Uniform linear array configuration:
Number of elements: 48
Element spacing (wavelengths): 1
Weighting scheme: exponential
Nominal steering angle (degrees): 60
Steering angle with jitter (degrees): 60.573
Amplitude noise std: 0.05
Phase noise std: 0.05

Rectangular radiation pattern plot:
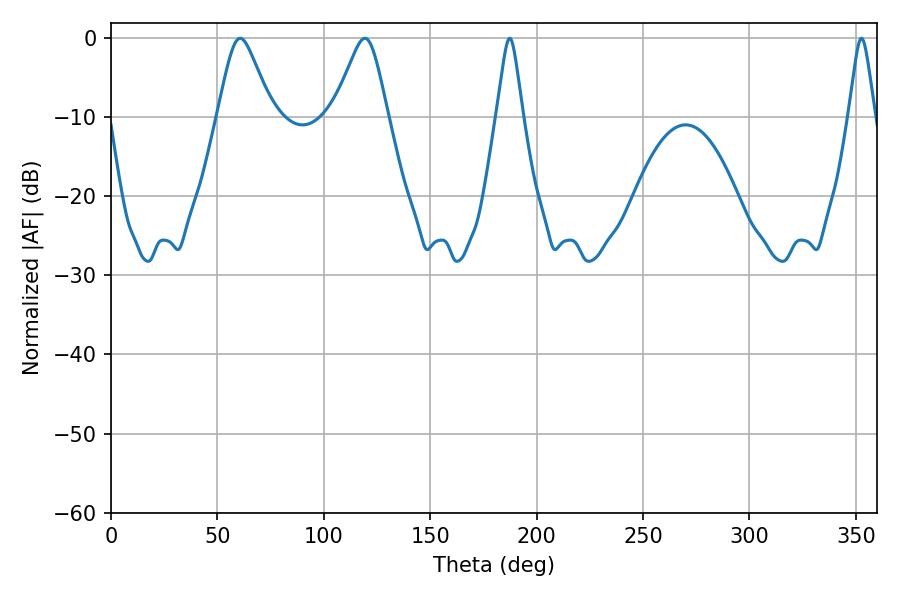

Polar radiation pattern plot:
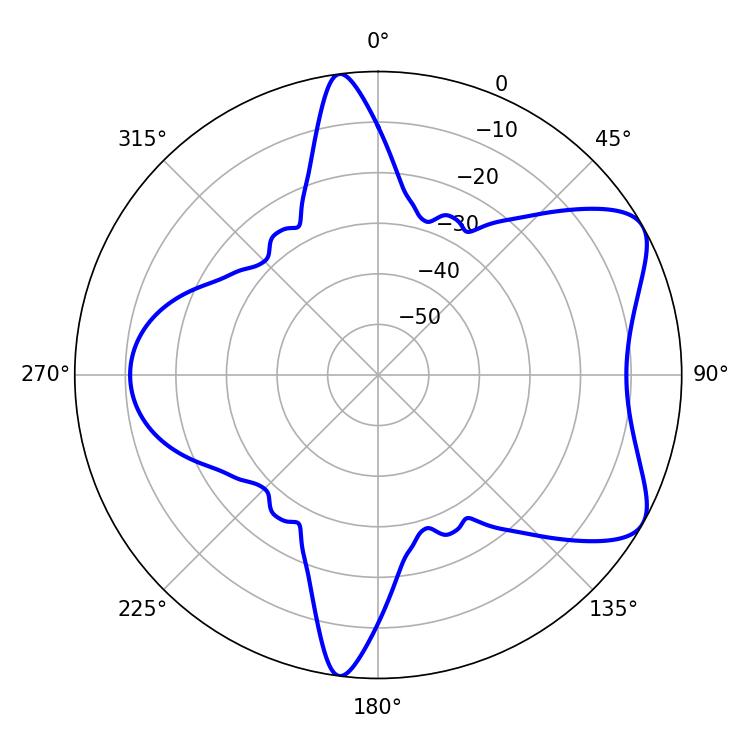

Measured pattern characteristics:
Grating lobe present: TRUE
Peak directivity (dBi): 6.894
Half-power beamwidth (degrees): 12.24
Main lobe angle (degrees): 60.66